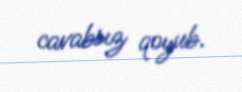
cavabsız qoyub.